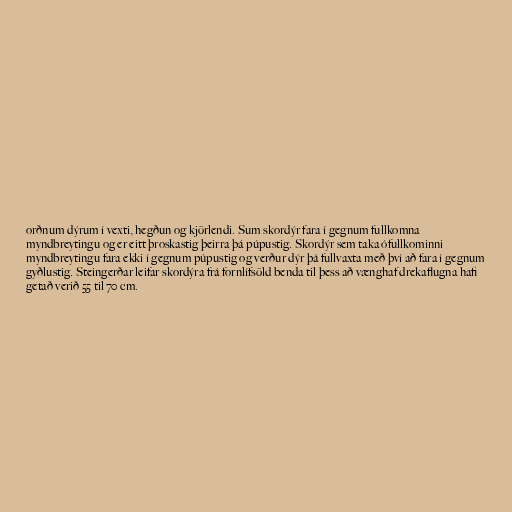
orðnum dýrum í vexti, hegðun og kjörlendi. Sum skordýr fara í gegnum fullkomna
myndbreytingu og er eitt þroskastig þeirra þá púpustig. Skordýr sem taka ófullkominni
myndbreytingu fara ekki í gegnum púpustig og verður dýr þá fullvaxta með því að fara í gegnum
gyðlustig. Steingerðar leifar skordýra frá fornlífsöld benda til þess að vænghaf drekaflugna hafi
getað verið 55 til 70 cm.